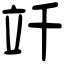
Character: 竏